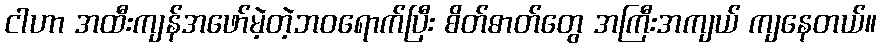
ငါဟာ အထီးကျန်အဖော်မဲ့တဲ့ဘဝရောက်ပြီး စိတ်ဓာတ်တွေ အကြီးအကျယ် ကျနေတယ်။